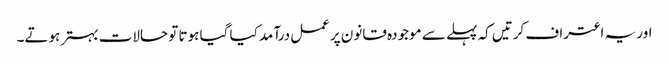
اور یہ اعتراف کرتیں کہ پہلے سے موجودہ قانون پرعمل درآمد کیا گیا ہوتا تو حالات بہتر ہوتے۔